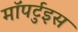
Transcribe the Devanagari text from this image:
मॉपर्टुइस